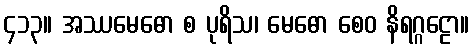
၄၁၃။ အဿမေဓော စ ပုရိသ၊ မေဓော စေဝ နိရဂ္ဂဠော။